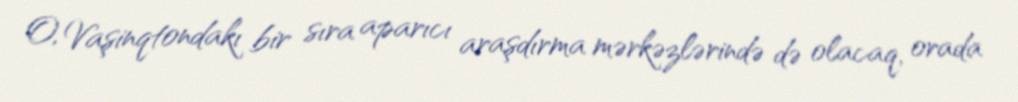
O, Vaşinqtondakı bir sıra aparıcı araşdırma mərkəzlərində də olacaq, orada